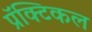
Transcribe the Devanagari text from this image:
प्रॅक्टिकल